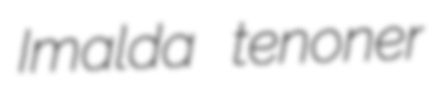
Imalda tenoner